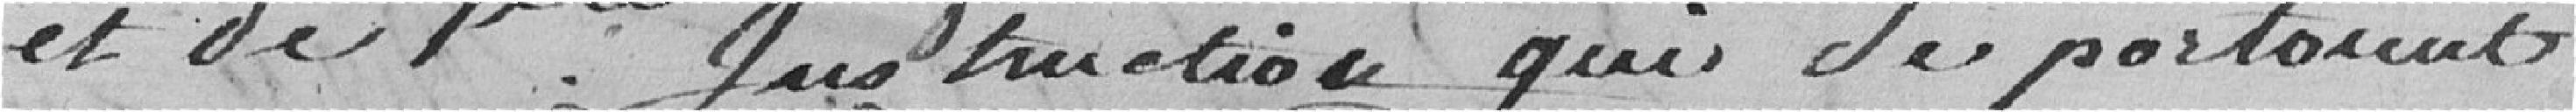
et de 1ère instruction qui se portaient